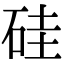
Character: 硅